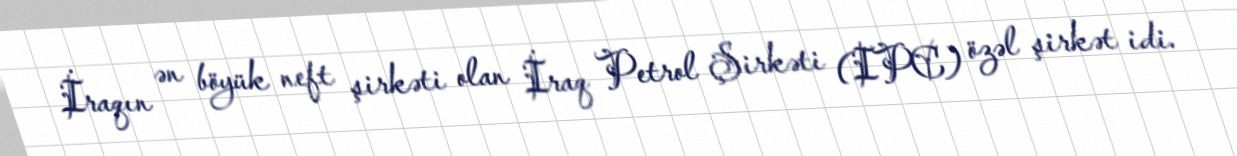
İraqın ən böyük neft şirkəti olan İraq Petrol Şirkəti (IPC) özəl şirkət idi.